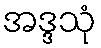
အဒ္ဒသုံ